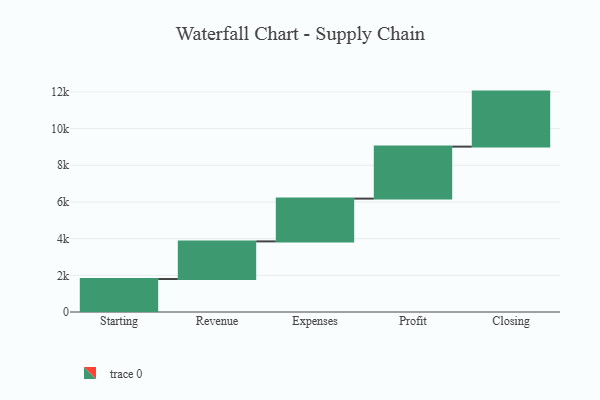
{"axis": {"x": "Step", "y": "Value"}, "legend": [""], "data": [{"x": "Starting", "y": 1798.0, "type": ""}, {"x": "Revenue", "y": 2052.0, "type": ""}, {"x": "Expenses", "y": 2333.0, "type": ""}, {"x": "Profit", "y": 2835.0, "type": ""}, {"x": "Closing", "y": 3000, "type": ""}]}